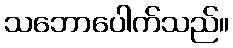
သဘောပေါက်သည်။